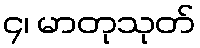
၄၊ မာတုသုတ်